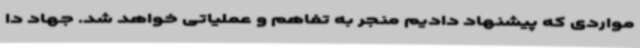
مواردی که پیشنهاد دادیم منجر به تفاهم و عملیاتی خواهد شد. جهاد دا